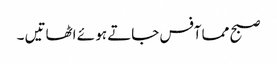
صبح مما آفس جاتے ہو ئے اٹھاتیں ۔